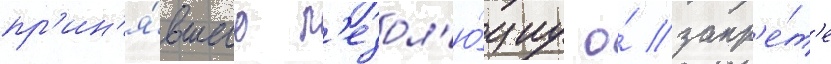
пр'ин'я́вшего р'езол'ю́циу о́ запр'е́т'е